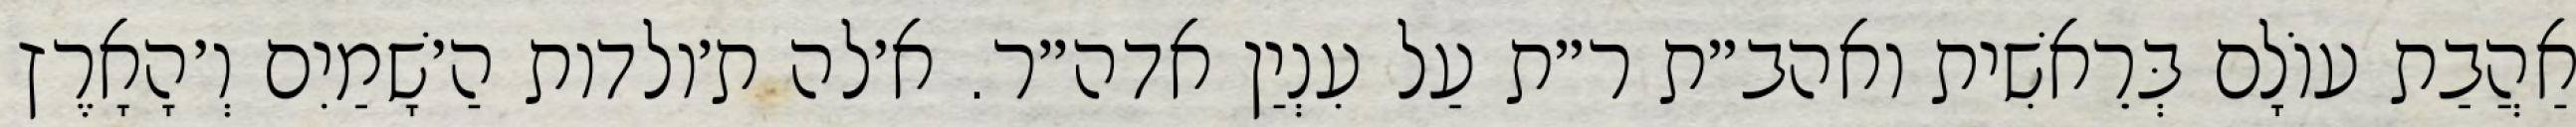
אַהֲבַת עוֹלָם בְּרֵאשִׁית ואהב״ת ר״ת עַל עִנְיַן אדה״ר. א׳לה ת׳ולדות הַ׳שָׁמַיִם וְ׳הָאָרֶץ